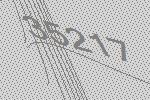
35217